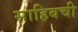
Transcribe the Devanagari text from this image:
साहिबची